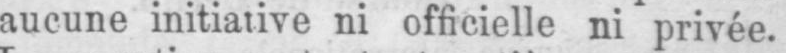
aucune initiative ni officielle ni privée.